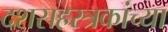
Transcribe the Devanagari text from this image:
दशसहस्त्रकांच्या